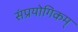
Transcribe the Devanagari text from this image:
संप्रयोगिकम्